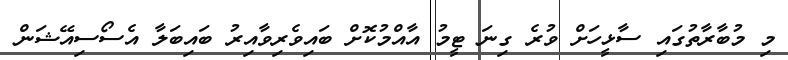
މި މުބާރާތުގައި ސާޅީހަށް ވުރެ ގިނަ ޓީމު އާއްމުކޮށް ބައިވެރިވާއިރު ބައިބަލާ އެސޯސިއޭޝަން